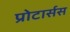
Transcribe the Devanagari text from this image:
प्रोटार्सस